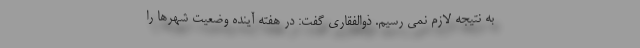
به نتیجه لازم نمی رسیم. ذوالفقاری گفت: در هفته آینده وضعیت شهرها را